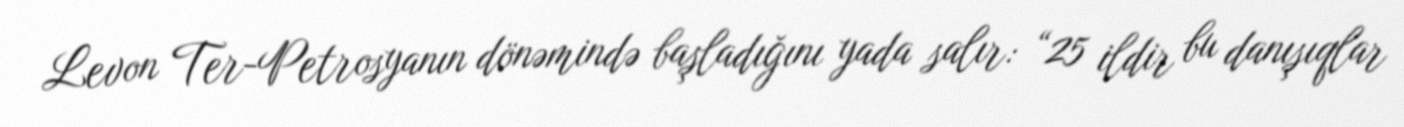
Levon Ter-Petrosyanın dönəmində başladığını yada salır: “25 ildir bu danışıqlar